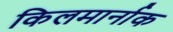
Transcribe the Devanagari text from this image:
किलमार्नाक